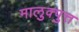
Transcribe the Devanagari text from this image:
मालुक्पुत्त